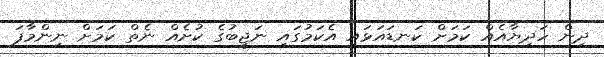
ދިން ހަދިޔާއެއް ކަމަށް ކަނޑައަޅައި އެކަމުގައި ނަޖީބުގެ ކުށެއް ނެތް ކަމަށް ނިންމާފަ